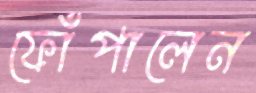
ফোঁপালেন